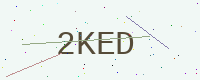
Text: 2KED